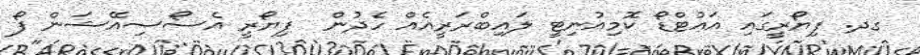
ގދ. ފިޔޯރީގައި އައުޓްޑޯ ކޮމިއުނިޓީ ލައިބްރަރީއެއް ހެދުން  ފިޔޯރީ އެސޯސިއޭޝަން ފޯ